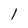
Character: 1